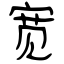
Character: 宽